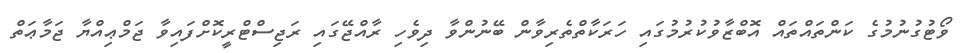
ވޯޓުގުނުމުގެ ކަންތައްތައް އޮބްޒާވުކުރުމުގައި ހަރަކާތްތެރިވާން ބޭނުންވާ ދިވެހި ރާއްޖޭގައި ރަޖިސްޓްރީކޮށްފައިވާ ޖަމްޢިއްޔާ ޖަމާޢަތް